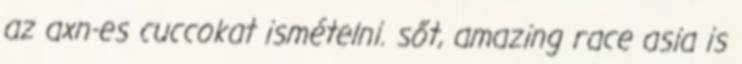
az axn-es cuccokat ismételni. sőt, amazing race asia is